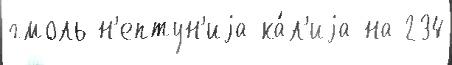
гмоль н'ептун'иjа-ка́л'иjа на 234